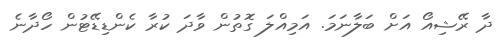
ދާ ރޭޝިއޯ އަށް ބަލާނަމަ. އަމިއްލަ ގޮތުން ވާދަ ކުރާ ކެންޑިޑޭޓުން ހޯދާނެ